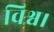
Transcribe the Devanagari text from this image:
विश्व।